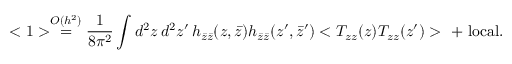
< 1 > \stackrel { O ( h ^ { 2 } ) } { = } \frac { 1 } { 8 \pi ^ { 2 } } \int d ^ { 2 } z \, d ^ { 2 } z ^ { \prime } \, h _ { \bar { z } \bar { z } } ( z , \bar { z } ) h _ { \bar { z } \bar { z } } ( z ^ { \prime } , \bar { z } ^ { \prime } ) < T _ { z z } ( z ) T _ { z z } ( z ^ { \prime } ) > \ + \ \mathrm { l o c a l } .